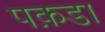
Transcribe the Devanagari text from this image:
पक़डा